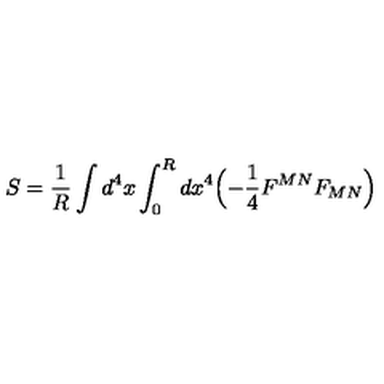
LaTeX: S = \frac { 1 } { R } \int d ^ { 4 } x \int _ { 0 } ^ { R } d x ^ { 4 } \Bigl ( - \frac { 1 } { 4 } F ^ { M N } F _ { M N } \Bigr )